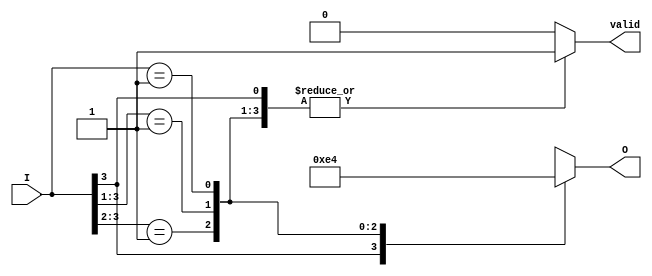
module priority_encoder (
    input wire [3:0] I,      // 4 input lines
    output reg [1:0] O,      // 2-bit output
    output reg valid          // Indicator for valid output
);

always @(*) begin
    casez (I)               // Using casez to treat high-impedance or don't-care conditions as 'z'
        4'b1??? : begin O = 2'b11; valid = 1; end // I3 is highest priority
        4'b01?? : begin O = 2'b10; valid = 1; end // I2 is highest priority
        4'b001? : begin O = 2'b01; valid = 1; end // I1 is highest priority
        4'b0001 : begin O = 2'b00; valid = 1; end // I0 is highest priority
        default : begin O = 2'bxx; valid = 0; end  // No inputs active
    endcase
end

endmodule